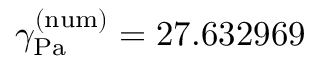
\gamma _ { \mathrm { { P a } } } ^ { \mathrm { { ( n u m ) } } } = 2 7 . 6 3 2 9 6 9